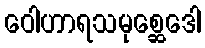
ဝေါဟာရသမုစ္ဆေဒေါ